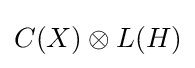
C(X)\otimes L(H)